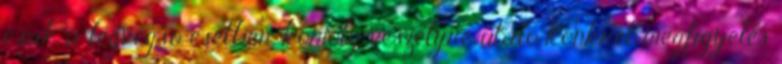
csak a legvégsõ esetben, komoly veszélyre utaló konkrét megfigyelés